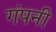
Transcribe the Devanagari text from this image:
गंपनी